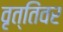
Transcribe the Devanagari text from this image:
वृत्तिंवर